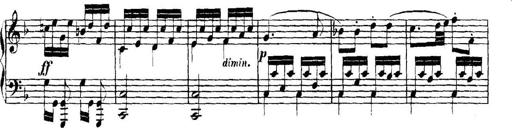
Title: Collected Piano Sonatas
Composer: Muzio Clementi